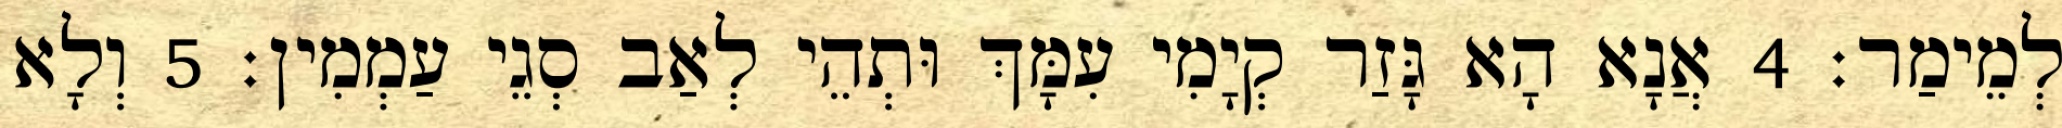
לְמֵימַר׃ 4 אֲנָא הָא גָּזַר קְיָמִי עִמָּךְ וּתְהֵי לְאַב סְגֵי עַמְמִין׃ 5 וְלָא